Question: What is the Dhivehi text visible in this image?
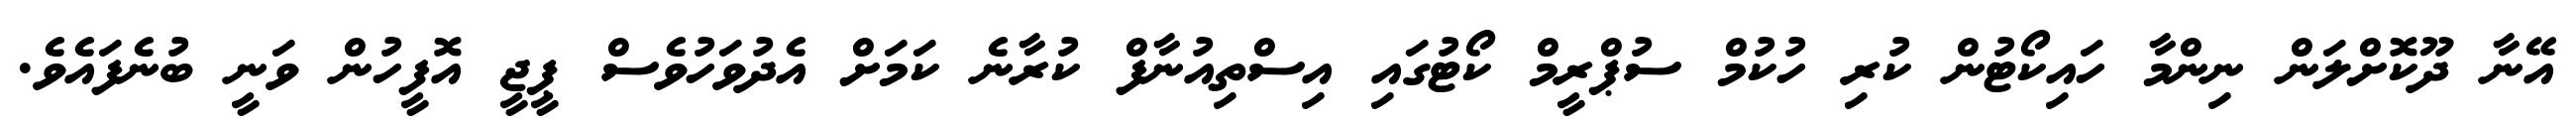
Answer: އޭނާ ދޫކޮށްލަން ނިންމާ ހައިކޯޓުން ކުރި ހުކުމް ސުޕްރީމް ކޯޓުގައި އިސްތިއުނާފް ކުރާނެ ކަމަށް އެދުވަހުވެސް ޕީޖީ އޮފީހުން ވަނީ ބުނެފައެވެ.